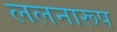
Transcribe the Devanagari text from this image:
ललनारूप